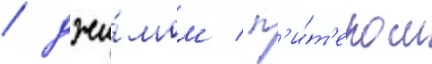
/ джи́мом / п'и́т'ером